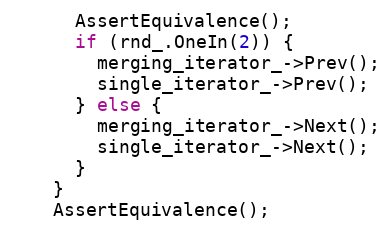
Language: C++
      AssertEquivalence();
      if (rnd_.OneIn(2)) {
        merging_iterator_->Prev();
        single_iterator_->Prev();
      } else {
        merging_iterator_->Next();
        single_iterator_->Next();
      }
    }
    AssertEquivalence();